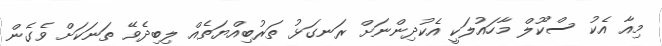
މިއާ އެކު ސްކޫލް މާހައުލަކީ އެކުދިންނަށް ރަނގަޅު ތަރުބިއްޔަތެއް ލިބިދެވޭ ތަނަކަށް ވެގެން